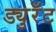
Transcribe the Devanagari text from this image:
ड्युरँट